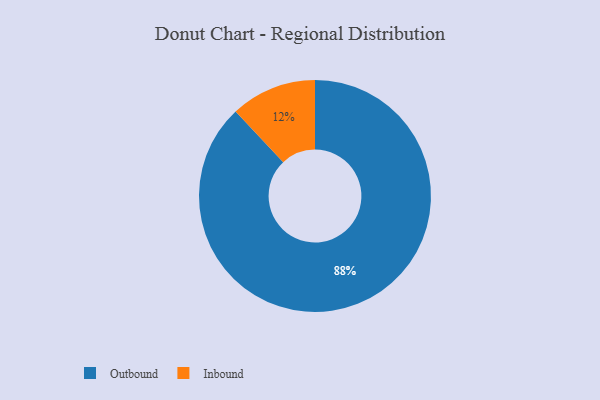
{"axis": {"x": "Category", "y": "Percentage"}, "legend": ["Inbound", "Outbound"], "data": [{"x": "Outbound", "y": 88, "type": "Outbound"}, {"x": "Inbound", "y": 12, "type": "Inbound"}]}